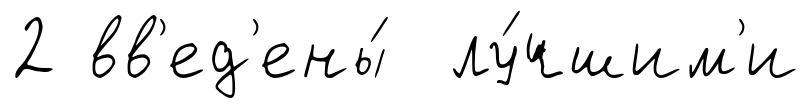
2 вв'ед'ены́ лу́чшим'и